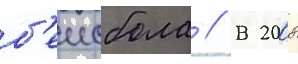
б'еисбола // В 2008